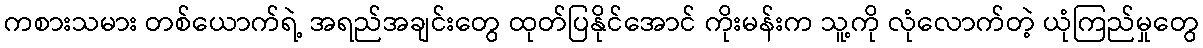
ကစားသမား တစ်ယောက်ရဲ့ အရည်အချင်းတွေ ထုတ်ပြနိုင်အောင် ကိုးမန်းက သူ့ကို လုံလောက်တဲ့ ယုံကြည်မှုတွေ